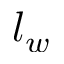
l _ { w }